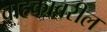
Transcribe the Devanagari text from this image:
वाहकावरील